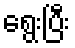
ရွေးပြီး